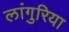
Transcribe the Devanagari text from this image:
लांगुरिया